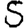
Digit: 5